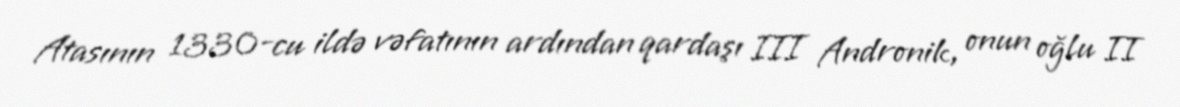
Atasının 1330-cu ildə vəfatının ardından qardaşı III Andronik, onun oğlu II